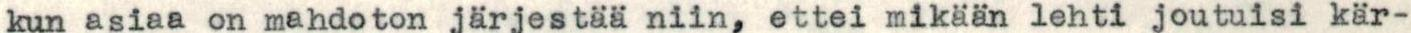
kun asiaa on mahdoton järjestää niin, ettei mikään lehti joutuisi kär-